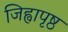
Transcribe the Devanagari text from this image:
जिह्वापृष्ठ